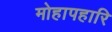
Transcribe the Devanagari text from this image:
मोहापहारि